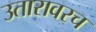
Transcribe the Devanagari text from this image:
उतारावरच